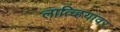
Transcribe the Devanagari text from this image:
लात्व्हियावर